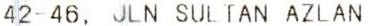
42-46, JLN SULTAN AZLAN